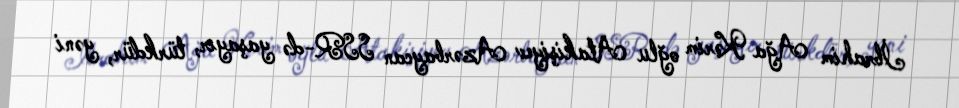
İbrahim Ağa Kərim oğlu Atakişiyev Azərbaycan SSR-də yaşayır, türkdür, yəni